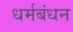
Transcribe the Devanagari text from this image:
धर्मबंधन